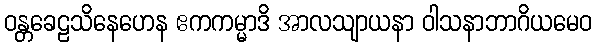
ဝန္တခေဠသိနေဟေန ဧကကမ္မာဒိ အာလသျာယနာ ဝါသနာဘာဂိယမေဝ